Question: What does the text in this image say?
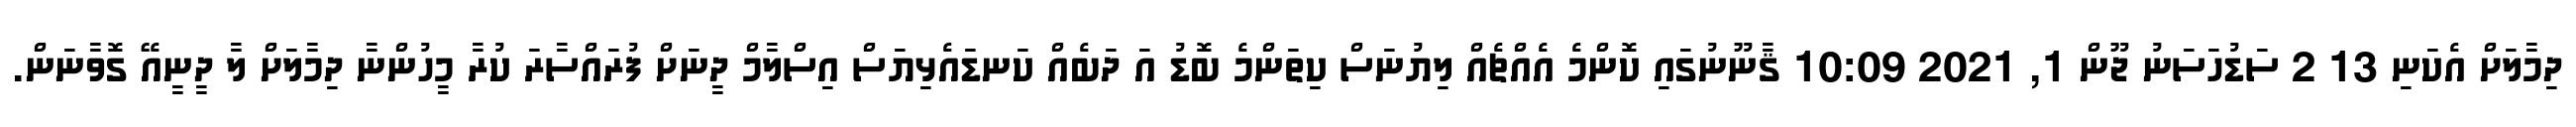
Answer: ދިމާލަށް އެކަނި 13 2 ސަޑުހަސަނު ޖޫން 1, 2021 10:09 ޤާނޫނުގައި ކޮންމެ އެއްޗެއް ލިޔުނަސް ކިތަންމެ ބޮޑު އަ ދަބެއް ކަނޑައެޅިޔަސް އިސްލާމް ދީނަށް ފުރައްސާރަ ކުރާ މީހުންނާ ދިމާލަށް ލާ ދީނީއޭ ގޮވާނަން.